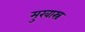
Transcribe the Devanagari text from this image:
मुखास्त्र